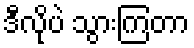
ဒီလိုပဲ သွားကြတာ